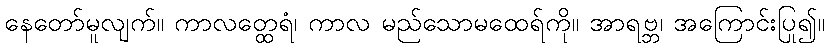
နေတော်မူလျက်။ ကာလတ္ထေရံ၊ ကာလ မည်သောမထေရ်ကို။ အာရဗ္ဘ၊ အကြောင်းပြု၍။